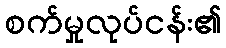
စက်မှုလုပ်ငန်း၏